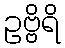
ဥဗ္ဗိရိ